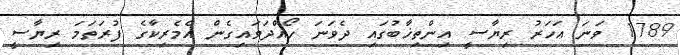
1789 ވަނަ އަހަރު ރިޔާސީ އިންތިޚާބުގައި ދެވަނަ ހޯއްދަވައިގެން އެމެރިކާގެ ފުރަތަމަ ރިޔާސީ